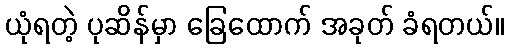
ယုံရတဲ့ ပုဆိန်မှာ ခြေထောက် အခုတ် ခံရတယ်။